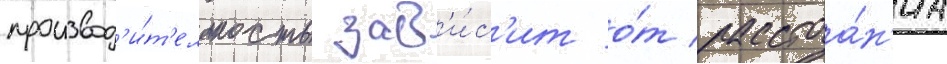
производ'и́т'ельность зав'и́с'ит о́т расстоа́н'иа